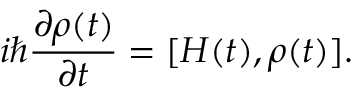
i { \hbar } \frac { \partial \rho ( t ) } { \partial t } = [ H ( t ) , \rho ( t ) ] .